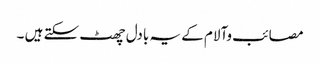
مصائب وآلام کے یہ بادل چھٹ سکتے ہیں ۔